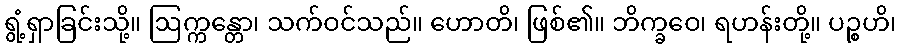
ရွံ့ရှာခြင်းသို့။ ဩက္ကန္တော၊ သက်ဝင်သည်။ ဟောတိ၊ ဖြစ်၏။ ဘိက္ခဝေ၊ ရဟန်းတို့။ ပဉ္စဟိ၊